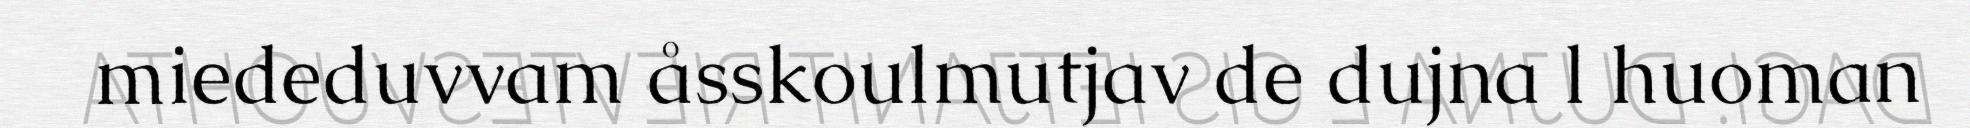
miededuvvam åsskoulmutjav de dujna l huoman